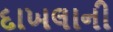
દાખલાની